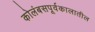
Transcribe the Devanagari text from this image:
कोलंबसपूर्वकालातील